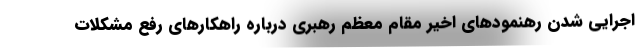
اجرایی شدن رهنمودهای اخیر مقام معظم رهبری درباره راهکارهای رفع مشکلات